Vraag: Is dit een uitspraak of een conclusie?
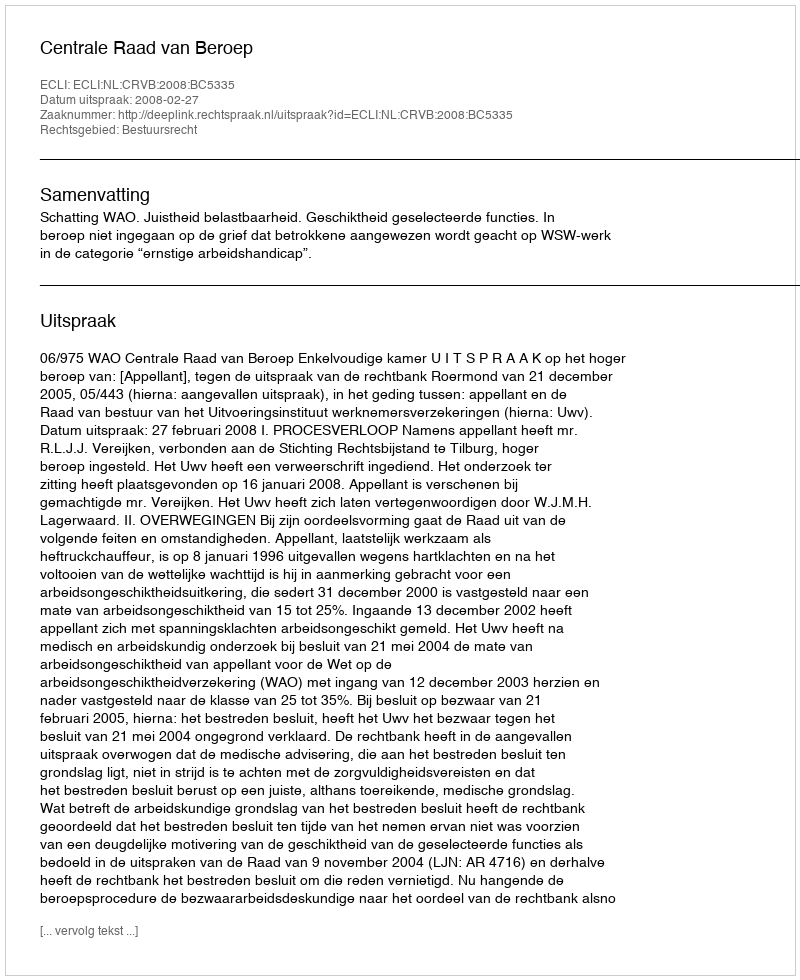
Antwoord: Uitspraak